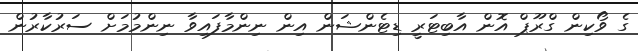
ގެ ވޯކިން ގްރޫޕް އޮން އާބިޓަރީ ޑިޓެންޝަން އިން ނިންމާފައިވާ ނިންމުމަށް ސަރުކާރުން